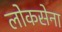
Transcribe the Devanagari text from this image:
लोकसेना